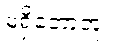
မရှိတော့ဘူး။